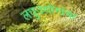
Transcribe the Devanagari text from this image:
लघुउद्योगांचा